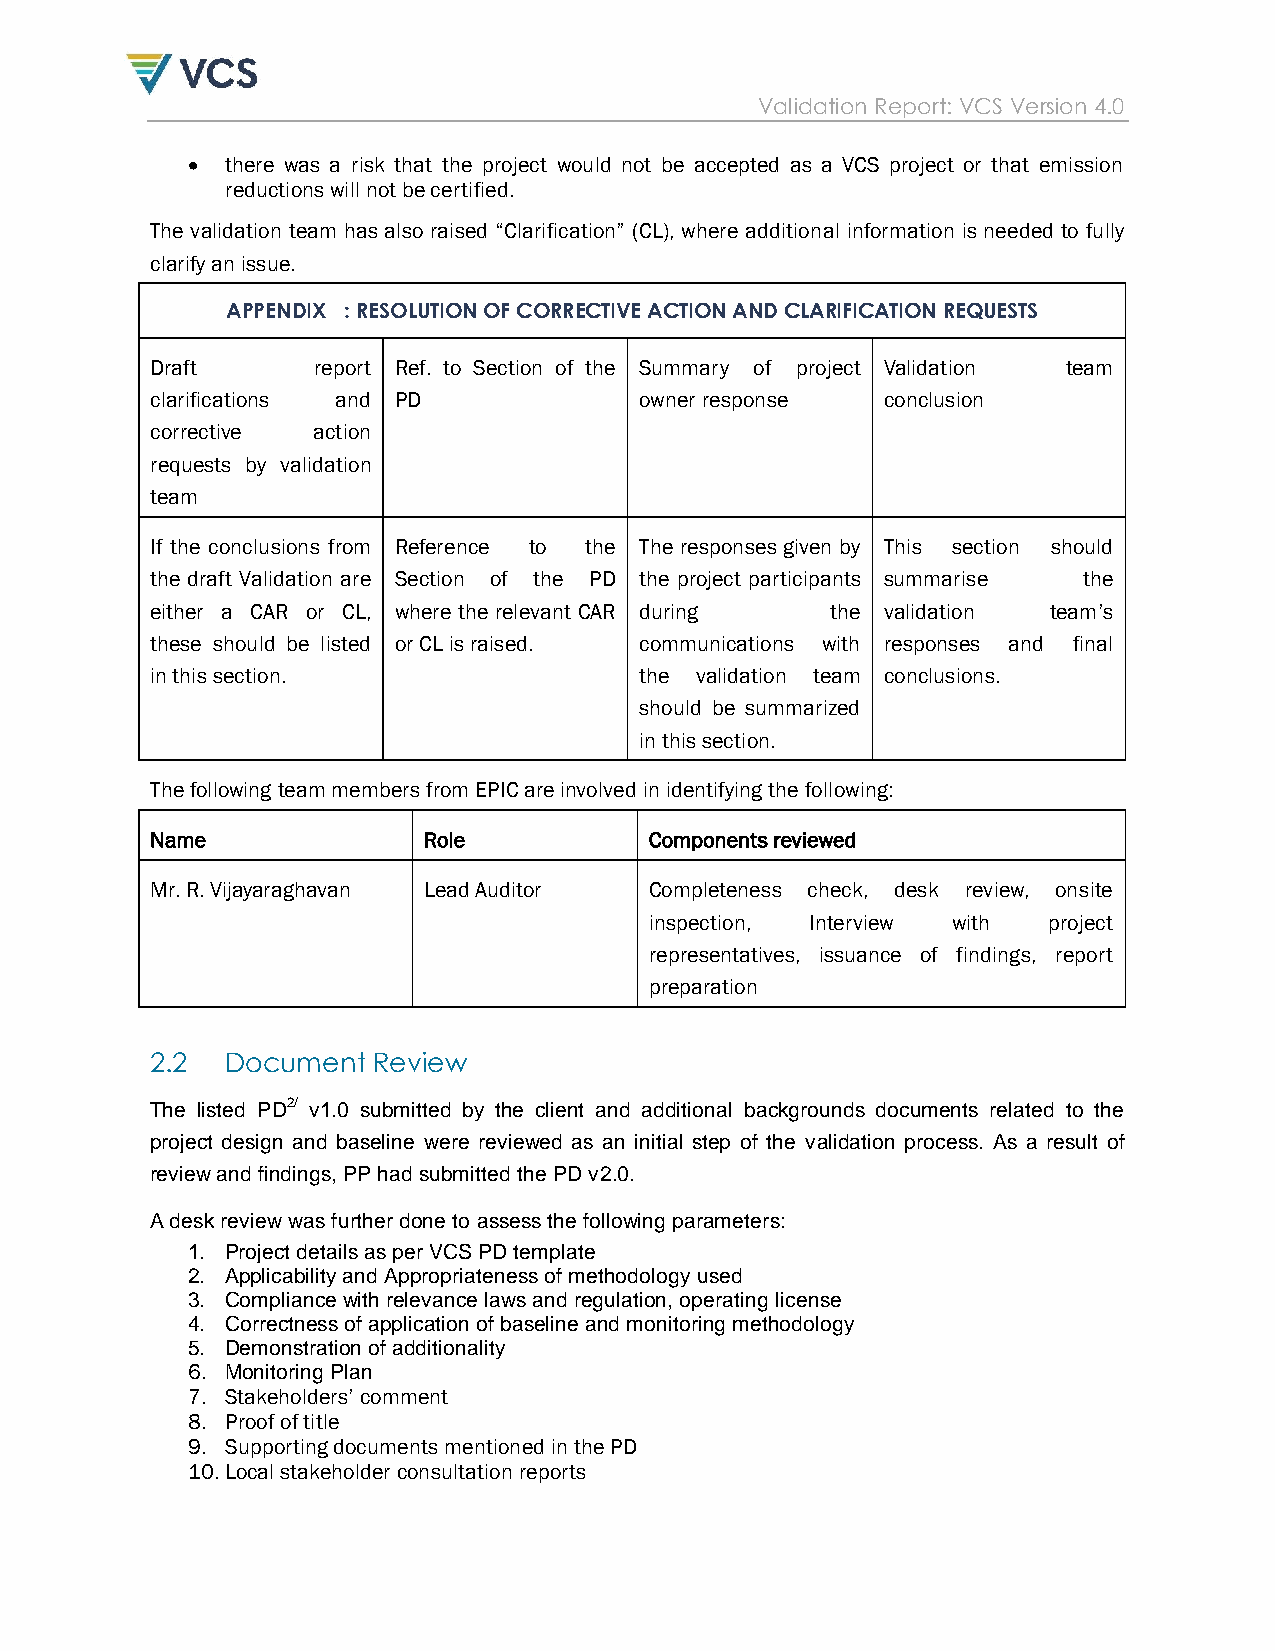
Validation Report: VCS Version 4.0
   there was a risk that the project would not be accepted as a VCS project or that emission
 reductions will not be certified.
 The validation team has also raised “Clarification” (CL), where additional information is needed to fully
 clarify an issue.
 APPENDIX : RESOLUTION OF CORRECTIVE ACTION AND CLARIFICATION REQUESTS
 Draft      report Ref. to Section of the Summary of project Validation team
 clarifications and PD           owner response   conclusion
 corrective action
 requests by validation
 team
 If the conclusions from Reference to the The responses given by This section should
 the draft Validation are Section of the PD the project participants summarise the
 either a CAR or CL, where the relevant CAR during the validation team’s
 these should be listed or CL is raised. communications with responses and final
 in this section.                the validation team conclusions.
 should be summarized
 in this section.
 The following team members from EPIC are involved in identifying the following:
 Name              Role           Components reviewed
 Mr. R. Vijayaraghavan Lead Auditor Completeness check, desk review, onsite
 inspection, Interview with project
 representatives, issuance of findings, report
 preparation
 2.2  Document  Review
 The listed PD2/ v1.0 submitted by the client and additional backgrounds documents related to the
 project design and baseline were reviewed as an initial step of the validation process. As a result of
 review and findings, PP had submitted the PD v2.0.
 A desk review was further done to assess the following parameters:
 1. Project details as per VCS PD template
 2. Applicability and Appropriateness of methodology used
 3. Compliance with relevance laws and regulation, operating license
 4. Correctness of application of baseline and monitoring methodology
 5. Demonstration of additionality
 6. Monitoring Plan
 7. Stakeholders’ comment
 8. Proof of title
 9. Supporting documents mentioned in the PD
 10. Local stakeholder consultation reports